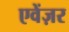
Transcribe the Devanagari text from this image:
एवेंज़र